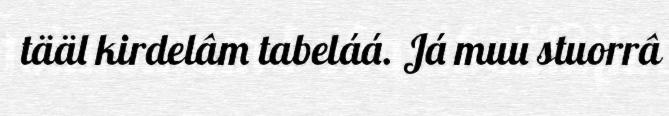
tääl kirdelâm tabeláá. Já muu stuorrâ